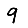
Digit: 9